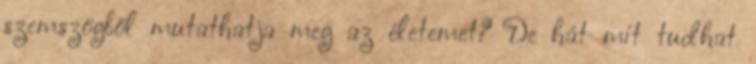
szemszögből mutathatja meg az életemet? De hát mit tudhat